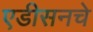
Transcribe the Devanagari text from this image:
एडीसनचे